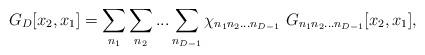
LaTeX: \begin{align*}G_D [x_2, x_1] = \sum_{n_1} \sum_{n_2} ...\sum_{n_{D-1}} \chi_{n_1 n_2 ...n_{D-1}} \,\,G_{n_1 n_2 ...n_{D-1}}[x_2, x_1], \end{align*}